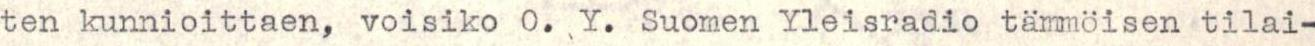
ten kunnioittaen, voisiko O. Y. Suomen Yleisradio tämmöisen tilai-